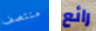
منتصف رائع